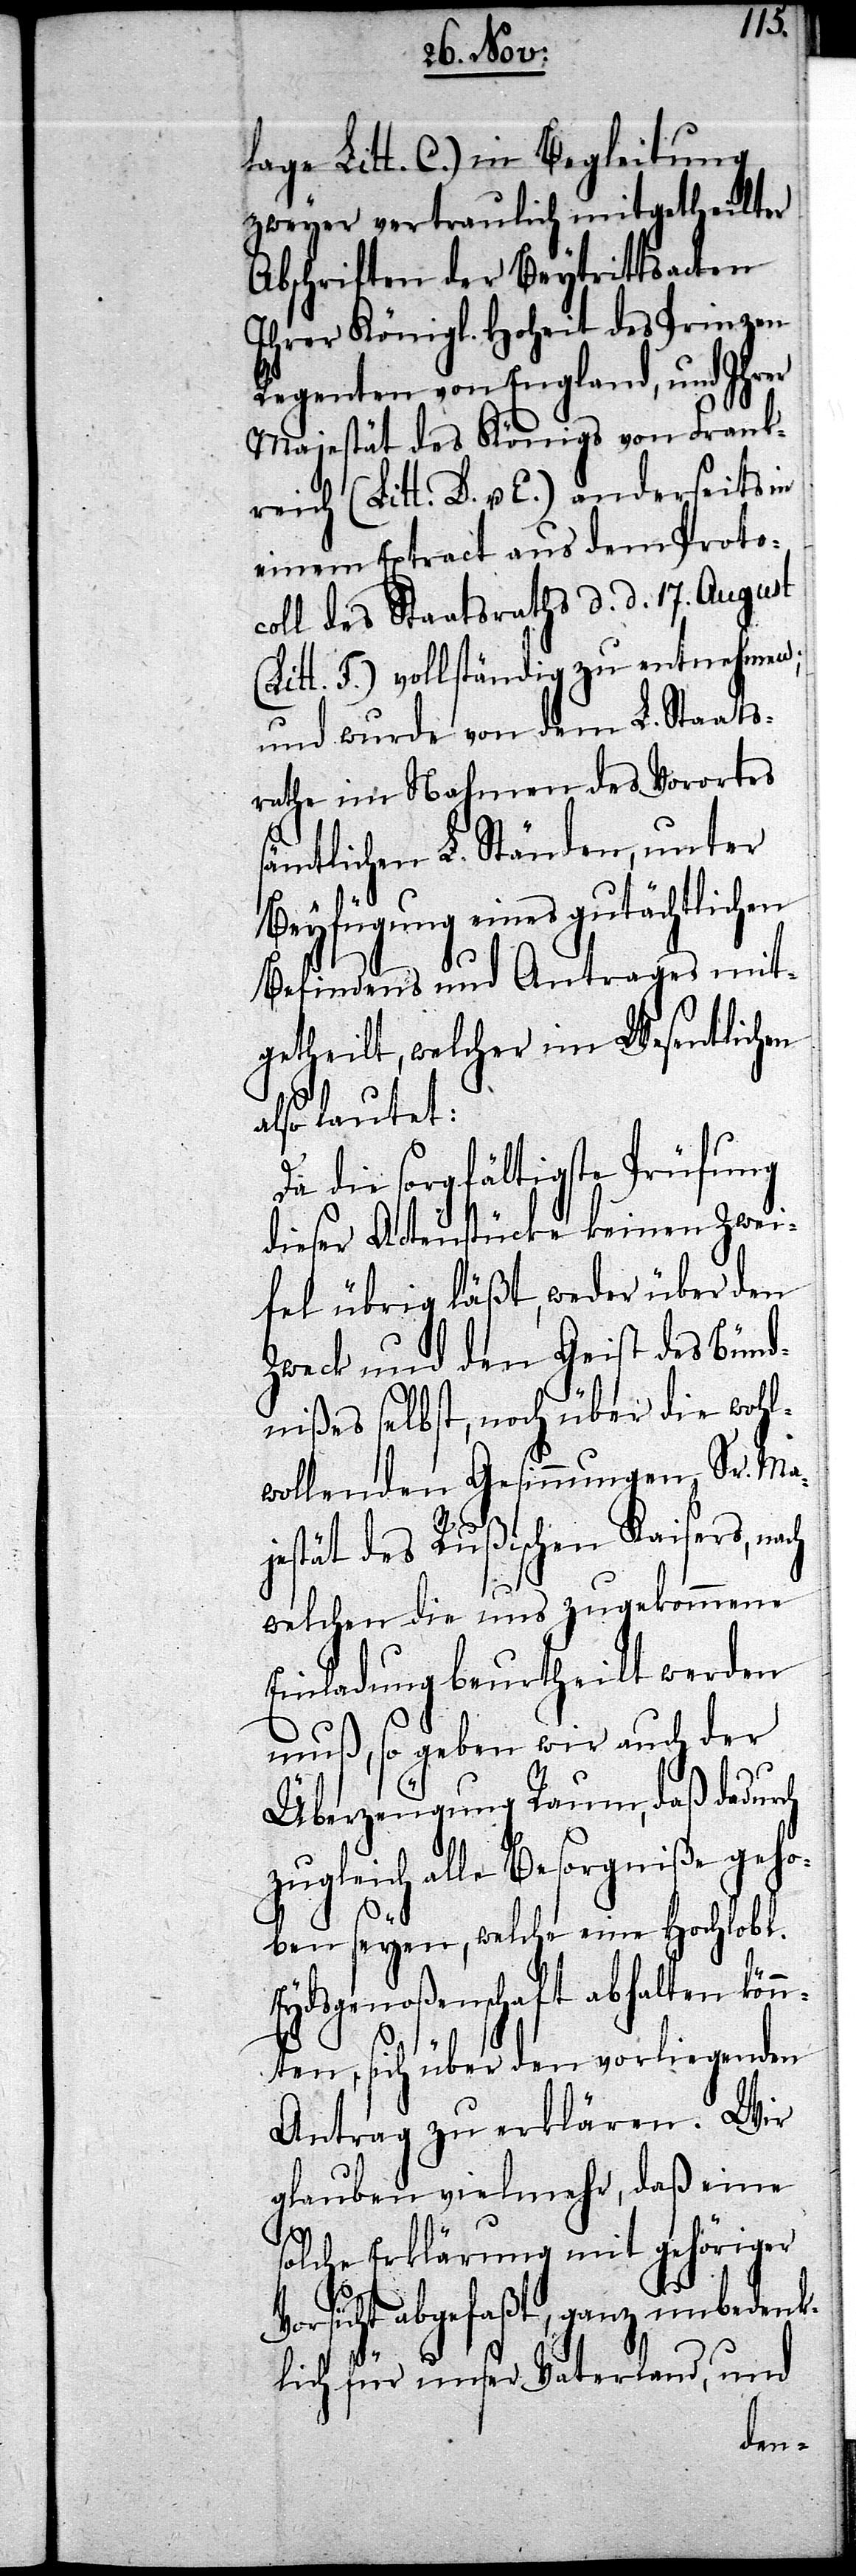
Vo¬
lage Litt. C.) in Begleitung
zweyer vertraulich mitgetheilter
Abschriften der Beytrittsacten
Ihrer Königl. Hoheit des Prinzen
Regenten von England, und Ihrer
Majestät des Königs von Frank¬
reich (Litt. D. u. E.) anderseits in
einem Extract aus dem Proto¬
coll des Staatsraths d. d. 17. August
(Litt. F.) vollständig zu entnehmen;
und wurde von dem L. Staats¬
rathe im Nahmen des Vorortes
sämtlichen L. Ständen, unter
Beyfügung eines gutächtlichen
Befindens und Antrages mit¬
getheilt, welcher im Wesentlichen
also lautet:
Da die sorgfältige Prüfung
dieser Actenstücke keinen Zwei¬
fel übrig läßt, weder über den
Zweck und den Geist des Bünd¬
nißes selbst, noch über die wohl¬
wollenden Gesinnungen, Sr. Ma¬
jestät des Rußischen Kaisers, nach
welchen die uns zugekommene
Einladung beurtheilt werden
muß, so geben wir auch der
Überzeugung Raum, daß dadurch
zugleich alle Besorgniße geho¬
ben seyen, welche eine Hochlobl.
Eydsgenoßenschaft abhalten kön¬
nten, sich über den vorliegenden
Antrag zu erklären. Wir
glauben vielmehr, daß eine
solche Erklärung mit gehöriger
rsicht abgefaßt, ganz unbedenk¬
lich für unser Vaterland, und